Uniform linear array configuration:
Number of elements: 64
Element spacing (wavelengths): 0.75
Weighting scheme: exponential
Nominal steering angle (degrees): -60
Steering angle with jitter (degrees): -58.681
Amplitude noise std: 0.05
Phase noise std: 0.05

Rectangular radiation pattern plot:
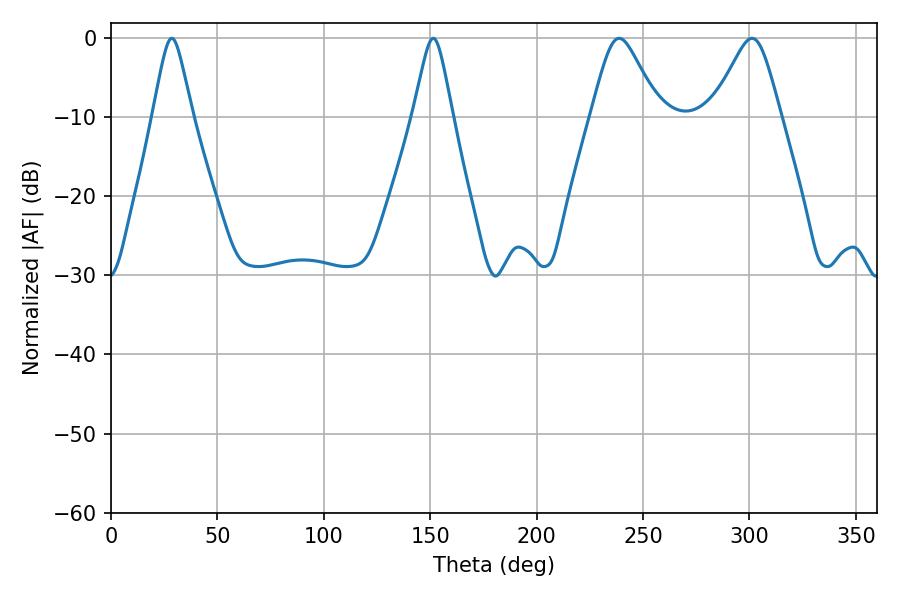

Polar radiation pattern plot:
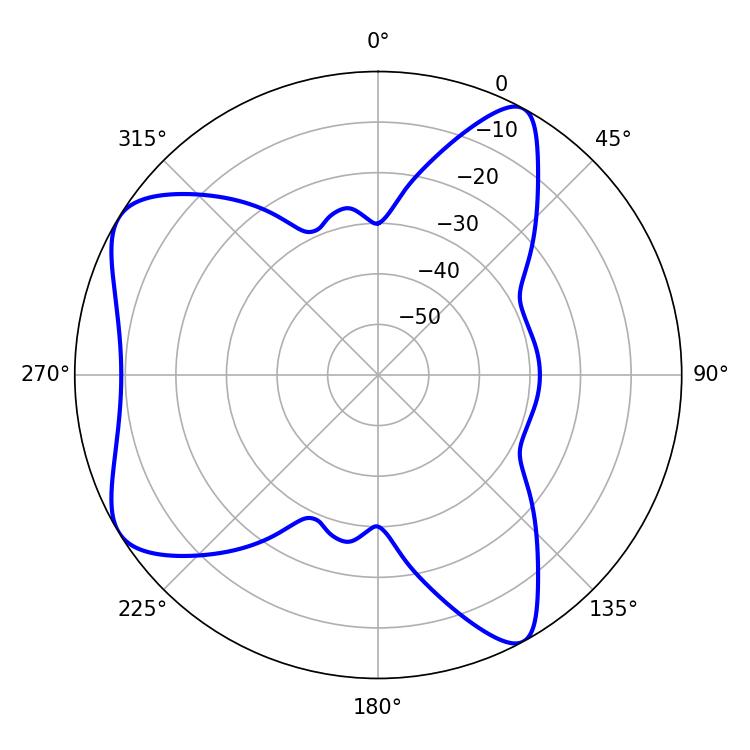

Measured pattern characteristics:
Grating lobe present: TRUE
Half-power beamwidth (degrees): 8.82
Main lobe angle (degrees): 28.62